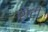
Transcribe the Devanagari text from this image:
शेंटी